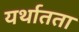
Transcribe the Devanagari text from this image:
यर्थातता